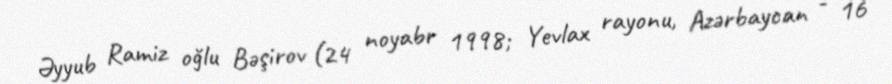
Əyyub Ramiz oğlu Bəşirov (24 noyabr 1998; Yevlax rayonu, Azərbaycan - 16